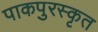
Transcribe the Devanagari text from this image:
पाकपुरस्कृत